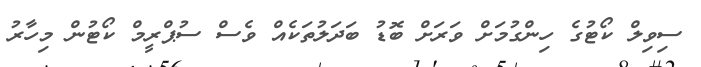
ސިވިލް ކޯޓުގެ ހިންގުމަށް ވަރަށް ބޮޑު ބަދަލުތަކެއް ވެސް ސުޕްރީމް ކޯޓުން މިހާރު